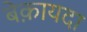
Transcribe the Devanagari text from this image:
बेक़ायदा